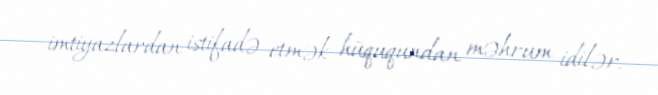
imtiyazlardan istifadə etmək hüququndan məhrum idilər.